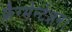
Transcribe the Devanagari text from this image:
फ्रैग्मेन्टेशन।